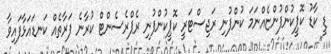
ޑީ ކާޑު ކޮޕީކުންފުންޏެއްނަމަ ކުންފުނި ރަޖިސްޓަރީ ކޮޕީކުންފުނި ރެޕްރެސެންޓް ކުރާނެ ފަރާތެއް ކަނޑައަޅާފައިވާ